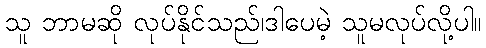
သူ ဘာမဆို လုပ်နိုင်သည်၊ဒါပေမဲ့ သူမလုပ်လို့ပါ။